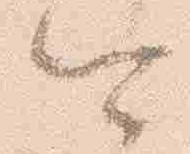
可